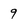
Character: 9